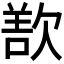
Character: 𬅬